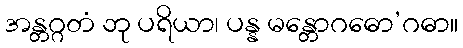
အန္တဂ္ဂတံ ဘု ပရိယာ၊ ပန္န မန္တောဂဓော’ဂဓာ။